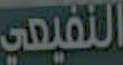
النفيعي